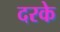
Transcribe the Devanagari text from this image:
दरके